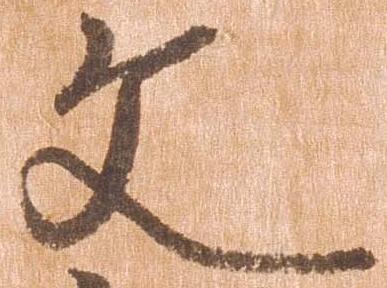
文